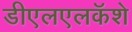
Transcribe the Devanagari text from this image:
डीएलएलकॅशे